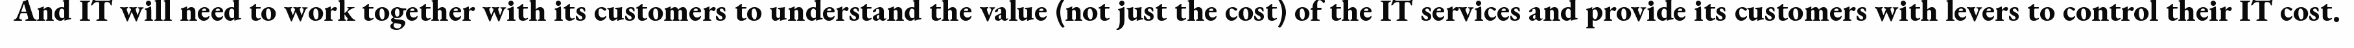
And IT will need to work together with its customers to understand the value (not just the cost) of the IT services and provide its customers with levers to control their IT cost.